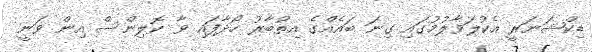
ޑިކްޝަނަރީ އެކުލަވާލުމުގައި ގިނަ ބައެއްގެ އިތުބާރު ހޯދާފައި ވާ ކޮލިންސް އިން ވަނީ